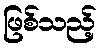
ဖြစ်သည့်